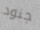
جنود